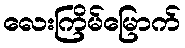
လေးကြိမ်မြောက်